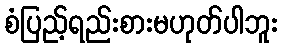
စံပြည့်ရည်းစားမဟုတ်ပါဘူး